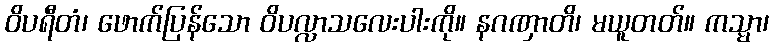
ဝိပရီတံ၊ ဖောက်ပြန်သော ဝိပလ္လာသလေးပါးကို။ နဂဏှာတိ၊ မယူတတ်။ ကသ္မာ၊